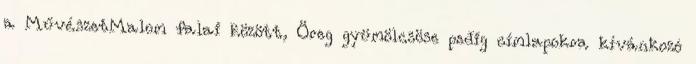
a MűvészetMalom falai között, Öreg gyümölcsöse pedig címlapokra kívánkozó